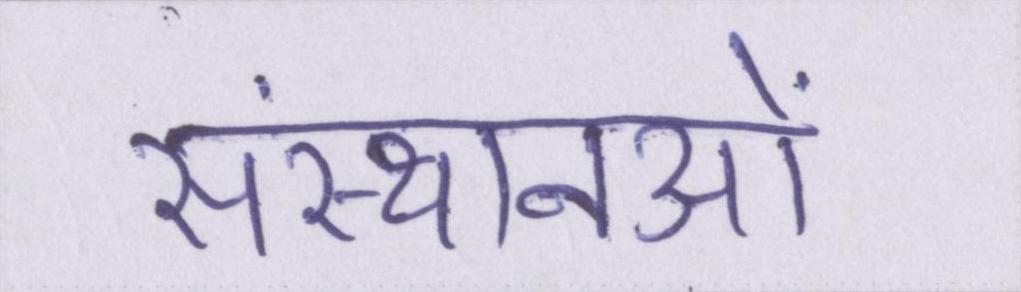
संस्थानओं